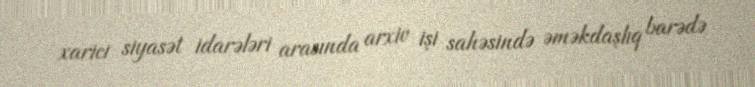
xarici siyasət idarələri arasında arxiv işi sahəsində əməkdaşlıq barədə